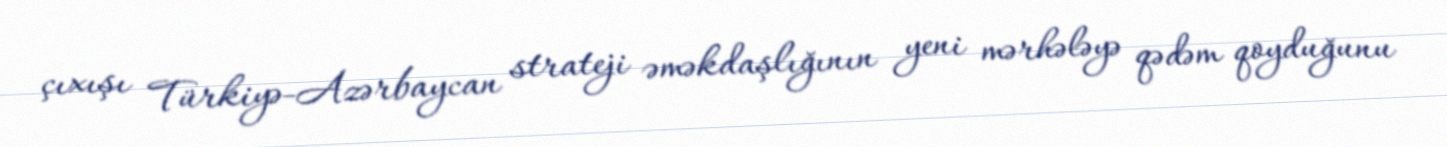
çıxışı Türkiyə-Azərbaycan strateji əməkdaşlığının yeni mərhələyə qədəm qoyduğunu